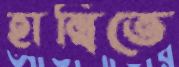
হাম্বিতে